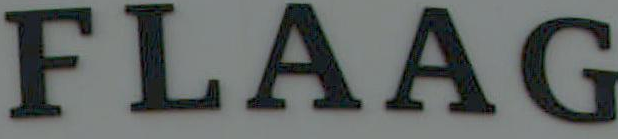
FLAAG